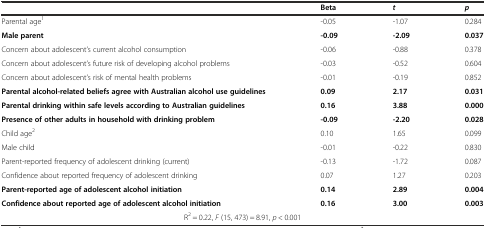
|  | Beta | t | p |
 | --- | --- | --- | --- |
 | Parental age1 | -0.05 | -1.07 | 0.284 |
 | Male parent | -0.09 | -2.09 | 0.037 |
 | Concern about adolescent’s current alcohol consumption | -0.06 | -0.88 | 0.378 |
 | Concern about adolescent’s future risk of developing alcohol problems | -0.03 | -0.52 | 0.604 |
 | Concern about adolescent’s risk of mental health problems | -0.01 | -0.19 | 0.852 |
 | Parental alcohol-related beliefs agree with Australian alcohol use guidelines | 0.09 | 2.17 | 0.031 |
 | Parental drinking within safe levels according to Australian guidelines | 0.16 | 3.88 | 0.000 |
 | Presence of other adults in household with drinking problem | -0.09 | -2.20 | 0.028 |
 | Child age2 | 0.10 | 1.65 | 0.099 |
 | Male child | -0.01 | -0.22 | 0.830 |
 | Parent-reported frequency of adolescent drinking (current) | -0.13 | -1.72 | 0.087 |
 | Confidence about reported frequency of adolescent drinking | 0.07 | 1.27 | 0.203 |
 | Parent-reported age of adolescent alcohol initiation | 0.14 | 2.89 | 0.004 |
 | Confidence about reported age of adolescent alcohol initiation | 0.16 | 3.00 | 0.003 |
 | <COLSPAN=4> R2 = 0.22, F (15, 473) = 8.91, p < 0.001 |